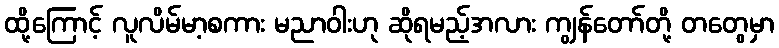
ထို့ကြောင့် လူလိမ်မာ့စကား မညာဝါးဟု ဆိုရမည့်အလား ကျွန်တော်တို့ တတွေမှာ